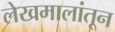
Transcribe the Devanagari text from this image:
लेखमालांतून